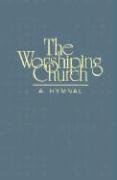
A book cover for Worshiping Church: A Hymnal; Christian Books & Bibles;